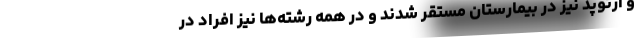
و ارتوپد نیز در بیمارستان مستقر شدند و در همه رشته‌ها نیز افراد در